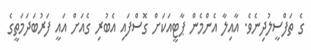
ގެ ތަފްސީލުދިނެވެ. އާއިލާ އެންމެން ޕާޓީއަކަށް ގޮސްފައި އެބުރި ގެއަށް އައީ ފަރުބަދަމަތީގެ